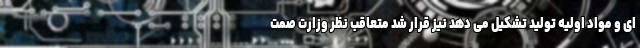
ای و مواد اولیه تولید تشکیل می دهد نیز قرار شد متعاقب نظر وزارت صمت